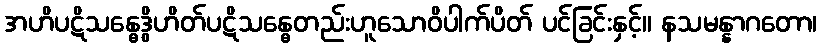
အဟိပဋိသန္ဓေဒွိဟိတ်ပဋိသန္ဓေတည်းဟူသောဝိပါက်ပိတ် ပင်ခြင်းနှင့်။ နသမန္နာဂတော၊